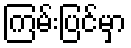
ကြမ်းပြင်မှာ